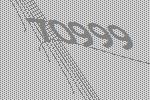
70999